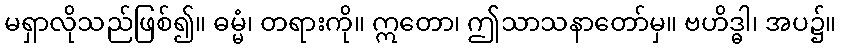
မရှာလိုသည်ဖြစ်၍။ ဓမ္မံ၊ တရားကို။ ဣတော၊ ဤသာသနာတော်မှ။ ဗဟိဒ္ဓါ၊ အပ၌။